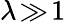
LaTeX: \lambda\! \gg\! 1